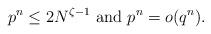
LaTeX: \begin{align*} p^{n} \leq 2N^{\zeta-1} \mbox{ and } p^{n} = o(q^n).\end{align*}